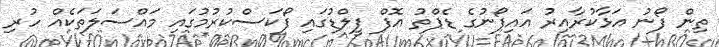
ތިން ފޯނު އަޅާކުރާއިރު އައިފޯނުގެ ޑެޕްތު އޮފް ފީލްޑުގައި ފޯކަސްކުރުމުގައި މައްސަލަތަކެއް ހުރި